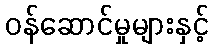
ဝန်ဆောင်မှုများနှင့်